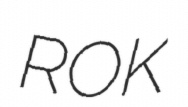
ROK